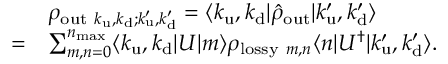
\begin{array} { r l } & { \rho _ { \mathrm { o u t } ~ k _ { \mathrm { u } } , k _ { \mathrm { d } } ; k _ { \mathrm { u } } ^ { \prime } , k _ { \mathrm { d } } ^ { \prime } } = \langle k _ { \mathrm { u } } , k _ { \mathrm { d } } \vert \hat { \rho } _ { \mathrm { o u t } } \vert k _ { \mathrm { u } } ^ { \prime } , k _ { \mathrm { d } } ^ { \prime } \rangle } \\ { = } & { \sum _ { m , n = 0 } ^ { n _ { \mathrm { m a x } } } \langle k _ { \mathrm { u } } , k _ { \mathrm { d } } \vert U \vert m \rangle \rho _ { \mathrm { l o s s y } ~ m , n } \langle n \vert U ^ { \dag } \vert k _ { \mathrm { u } } ^ { \prime } , k _ { \mathrm { d } } ^ { \prime } \rangle . } \end{array}